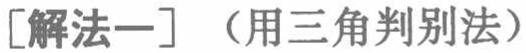
[解法一]（用三角判别法）